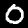
Label: 0